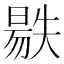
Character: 𣉺